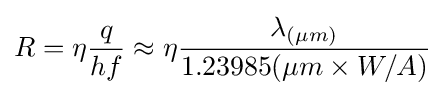
R=\eta {\frac {q}{hf}}\approx \eta {\frac {\lambda _{(\mu m)}}{1.23985(\mu m\times W/A)}}